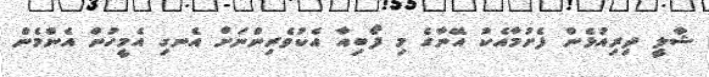
ޝާލީ ދިރިއުޅެން ފެށުމާއެކު އޭނާގެ މި ފޯބިއާ އެކުވެރިންނަށް އެނގި އެމީހުން އެންމެން